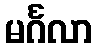
မင်္ဂလာ